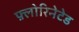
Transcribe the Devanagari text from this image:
फ़्लोरिनेटेड